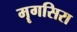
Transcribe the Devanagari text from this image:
मॄगसिरा